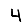
Digit: 4